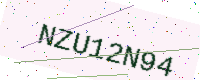
Text: NZU12N94